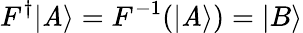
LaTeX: F^{\dagger}|\mathit{A}\rangle=F^{-1}(|\mathit{A}\rangle)=|B\rangle